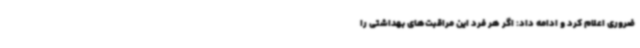
ضروری اعلام کرد و ادامه داد: اگر هر فرد این مراقبت‌های بهداشتی را